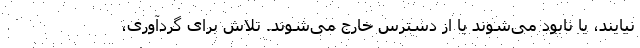
نیایند، یا نابود می‌شوند یا از دسترس خارج می‌شوند. تلاش برای گردآوری،